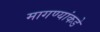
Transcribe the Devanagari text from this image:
मागण्यांकडे